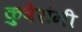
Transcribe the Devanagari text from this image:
कुबेरांनी